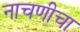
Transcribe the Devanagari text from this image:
नाचणीचा